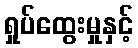
ရှုပ်ထွေးမှုနှင့်